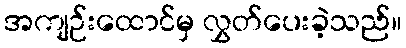
အကျဉ်းထောင်မှ လွှတ်ပေးခဲ့သည်။